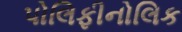
પોલિફીનોલિક